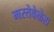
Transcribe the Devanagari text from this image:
मरतेवेळेस